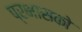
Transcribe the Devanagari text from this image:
प्रभासको